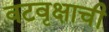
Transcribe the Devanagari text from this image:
वटवृक्षाची